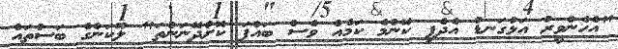
"އެހެންވީރު އަޅުގަނޑު އެދެފި ކޮންމެ ކަމެއް ވެސް ބައްޕަ ކޮށްދޭނަންތަ" ލޫކަންގެ ބަސްތައް